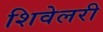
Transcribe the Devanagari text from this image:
शिवेलरी